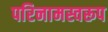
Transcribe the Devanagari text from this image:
परिनामस्वरूप